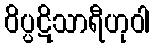
ဝိပ္ပဋိသာရီဟုဝါ